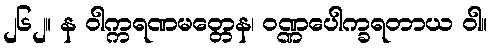
၂၆၂။ န ဝါက္ကရဏမတ္တေန၊ ဝဏ္ဏပေါက္ခရတာယ ဝါ။